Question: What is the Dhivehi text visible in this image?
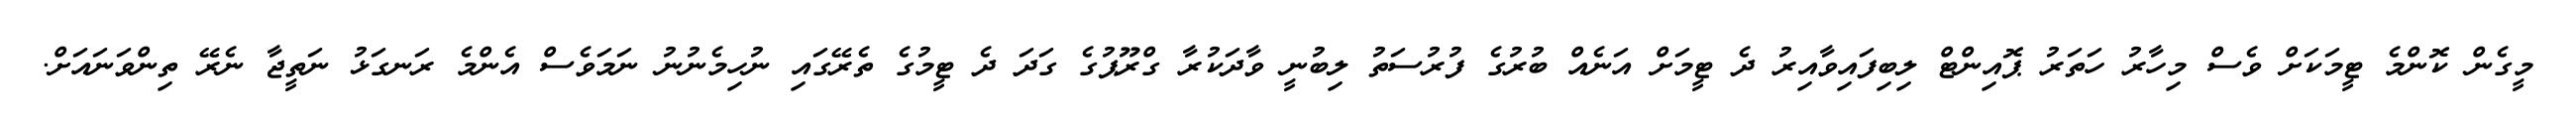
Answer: މީގެން ކޮންމެ ޓީމަކަށް ވެސް މިހާރު ހަތަރު ޕޮއިންޓް ލިބިފައިވާއިރު ދެ ޓީމަށް އަނެއް ބުރުގެ ފުރުސަތު ލިބުނީ ވާދަކުރާ ގްރޫޕުގެ ގަދަ ދެ ޓީމުގެ ތެރޭގައި ނުހިމެނުނު ނަމަވެސް އެންމެ ރަނގަޅު ނަތީޖާ ނެރޭ ތިންވަނައަށް.